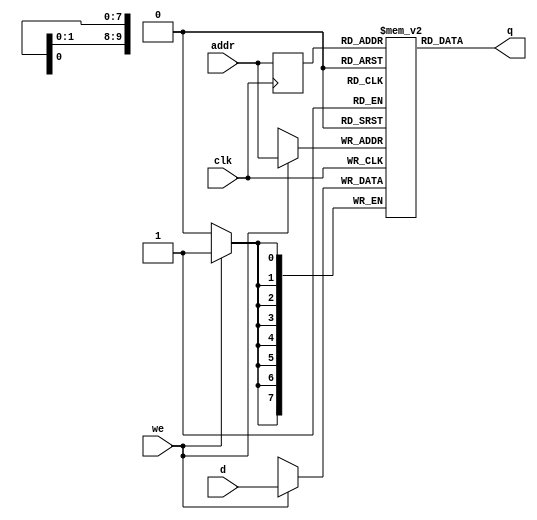
module altera_one_port_ram
	#(
		parameter DATA_WIDTH = 8,	// number of bits in a word
		          ADDR_WIDTH = 10	// number of address bits
	)
	(
		input wire clk,
		input wire we,
		input wire [ADDR_WIDTH-1:0] addr,
		input wire [DATA_WIDTH-1:0] d,
		output wire [DATA_WIDTH-1:0] q
	);

	// signal declaration
	reg [DATA_WIDTH-1:0] ram [2**ADDR_WIDTH-1:0];
	reg [ADDR_WIDTH-1:0] addr_reg;

	// body
	// write operation
	always @(posedge clk)
	begin
		if (we)
			ram[addr] <= d;
		addr_reg <= addr;
	end

	// read operation
	assign q = ram[addr_reg];
endmodule